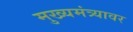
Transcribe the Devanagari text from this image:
मुख्यमंत्र्यावर